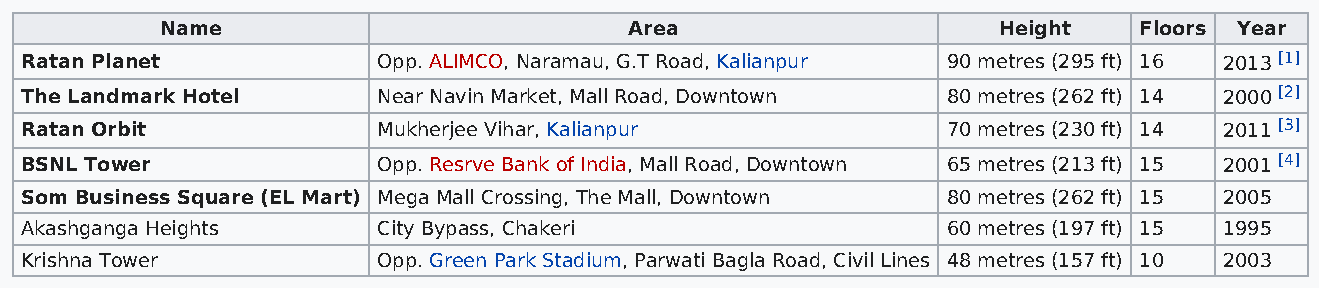
Name                           Area                    Height   Floors Year
 Ratan Planet            Opp. ALIMCO, Naramau, G.T Road, Kalianpur 90 metres (295 ft) 16 2013 [1]
 The Landmark Hotel      Near Navin Market, Mall Road, Downtown 80 metres (262 ft) 14 2000 [2]
 Ratan Orbit             Mukherjee Vihar, Kalianpur            70 metres (230 ft) 14 2011 [3]
 BSNL Tower              Opp. Resrve Bank of India, Mall Road, Downtown 65 metres (213 ft) 15 2001 [4]
 Som Business Square (EL Mart) Mega Mall Crossing, The Mall, Downtown 80 metres (262 ft) 15 2005
 Akashganga Heights      City Bypass, Chakeri                  60 metres (197 ft) 15 1995
 Krishna Tower           Opp. Green Park Stadium, Parwati Bagla Road, Civil Lines 48 metres (157 ft) 10 2003